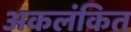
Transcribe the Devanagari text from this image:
अकलंकित